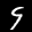
Label: 9